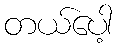
တယ်ပေါ့